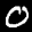
Label: 0